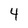
Character: 4